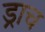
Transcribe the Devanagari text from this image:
ड्राच